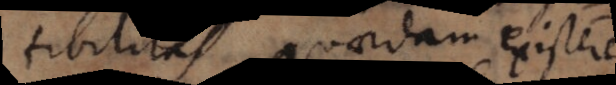
tibilitas quaedam existere